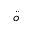
\ddot { o }